Note on the mental hospitals in Burma - 1925-1940
Year: 1925
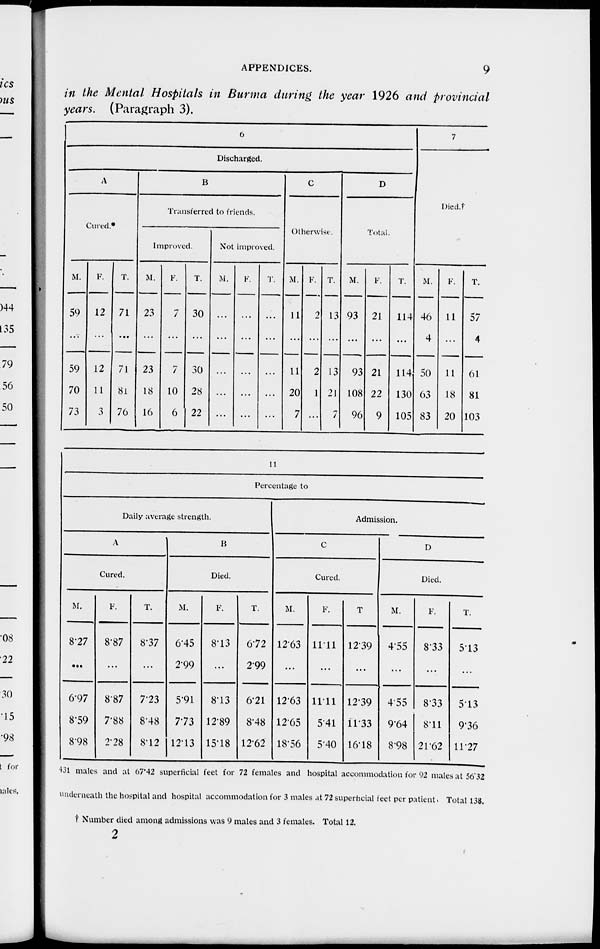
APPENDICES.
9
in the Mental Hospitals in Burma during the year 1926 and provincial
years. (Paragraph 3).
6
Discharged.
A
Cured.*
M.
59
...
59
70
73
F.
12
...
12
11
3
T.
71
...
71
81
76
B
Transferred to friends.
Improved.
M.
23
...
23
18
16
F.
7
...
7
10
6
T.
30
...
30
28
22
Not improved.
M.
...
...
...
...
...
F.
...
...
...
...
...
T.
...
...
...
...
...
C
Otherwise.
M.
11
...
11
20
7
F.
2
...
2
1
...
T.
13
...
13
21
7
D
Total.
M.
93
...
93
108
96
F.
21
...
21
22
9
T.
114
...
114
130
105
7
Died.†
M.
46
4
50
63
83
F.
11
...
11
18
20
T.
57
4
61
81
103
11
Percentage to
Daily average strength.
A
Cured.
M.
8.27
...
6.97
8.59
8.98
F.
8.87
...
8.87
7.88
2.28
T.
8.37
...
7.23
8.48
8.12
B
Died.
M.
6.45
2.99
5.91
7.73
12.13
F.
8.13
...
8.13
12.89
15.18
T.
6.72
2.99
6.21
8.48
12.62
Admission.
C
Cured.
M.
12.63
...
12.63
12.65
18.56
F.
11.11
...
11.11
5.41
5.40
T.
12.39
...
12.39
11.33
16.18
D
Died.
M.
4.55
...
4.55
9.64
8.98
F.
8.33
...
8.33
8.11
21.62
T.
5.13
...
5.13
9.36
11.27
431 males and at 67.42 superficial feet for 72 females and hospital accommodation for 92 males at 56.32
underneath the hospital and hospital accommodation for 3 males at 72 superficial feet per patient. Total 138.
† Number died among admissions was 9 males and 3 females. Total 12.
2